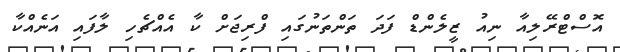
އޮސްޓްރޭލިއާ ނިއު ޒީލެންޑް ފަދަ ތަންތަނުގައި ފްރިޖަށް ކާ އެއްޗެހި ލާފައި އަނެއްކާ